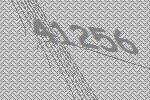
41256